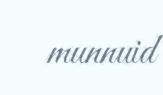
munnuid